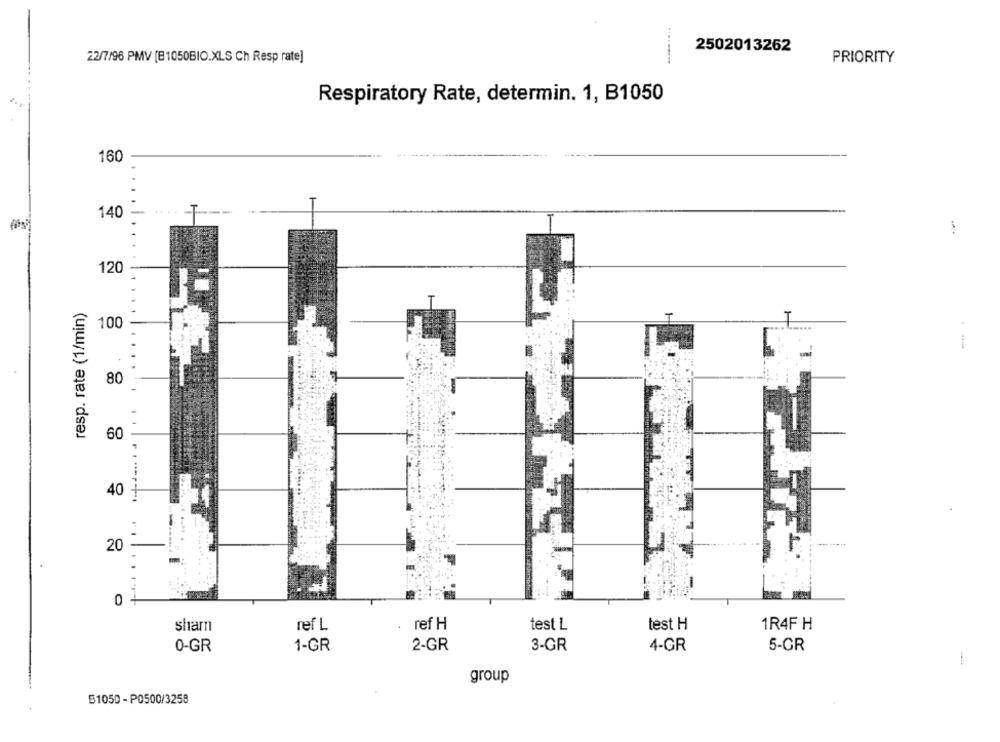
2502013262
22/7/96 PMV [B1050BIO.XLS Ch Resp rate]
PRIORITY
Respiratory Rate, determin. 1, B1050
160
140
-
120
resp. rate (1/min)
100
80
60
40
20
0
shamn
ref L
ref H
test L
test H
1R4F H
0-GR
1-GR
2-GR
3-GR
4-GR
5-GR
-
group
1050 - P0500/3258